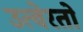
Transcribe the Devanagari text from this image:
उत्वेरतो